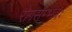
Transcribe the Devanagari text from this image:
रोगसम्भवः